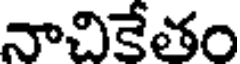
నాచికేతం